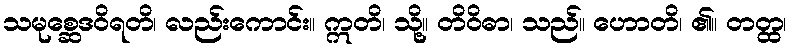
သမုစ္ဆေဒဝိရတိ၊ လည်းကောင်း။ ဣတိ၊ သို့။ တိဝိဓာ၊ သည်။ ဟောတိ၊ ၏။ တတ္ထ၊